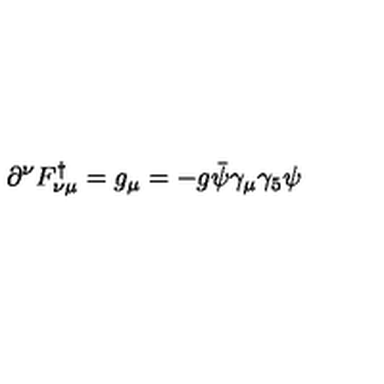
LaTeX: \partial ^ { \nu } F _ { \nu \mu } ^ { \dagger } = g _ { \mu } = - g \bar { \psi } \gamma _ { \mu } \gamma _ { 5 } \psi